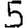
Digit: 5